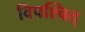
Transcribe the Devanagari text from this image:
विपश्चित्‌